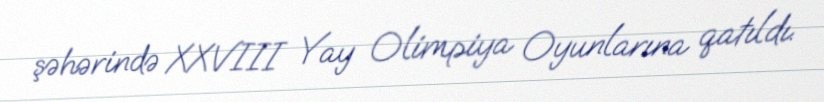
şəhərində XXVIII Yay Olimpiya Oyunlarına qatıldı.